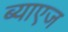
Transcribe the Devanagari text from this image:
ब्याएज